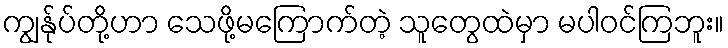
ကျွန်ုပ်တို့ဟာ သေဖို့မကြောက်တဲ့ သူတွေထဲမှာ မပါဝင်ကြဘူး။